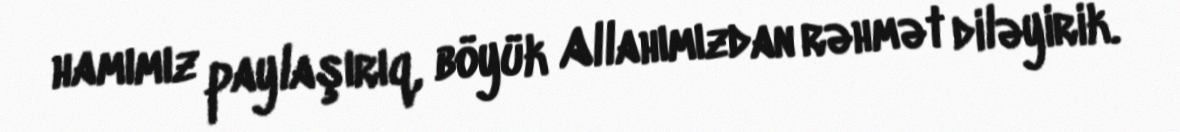
hamımız paylaşırıq, böyük Allahımızdan rəhmət diləyirik.